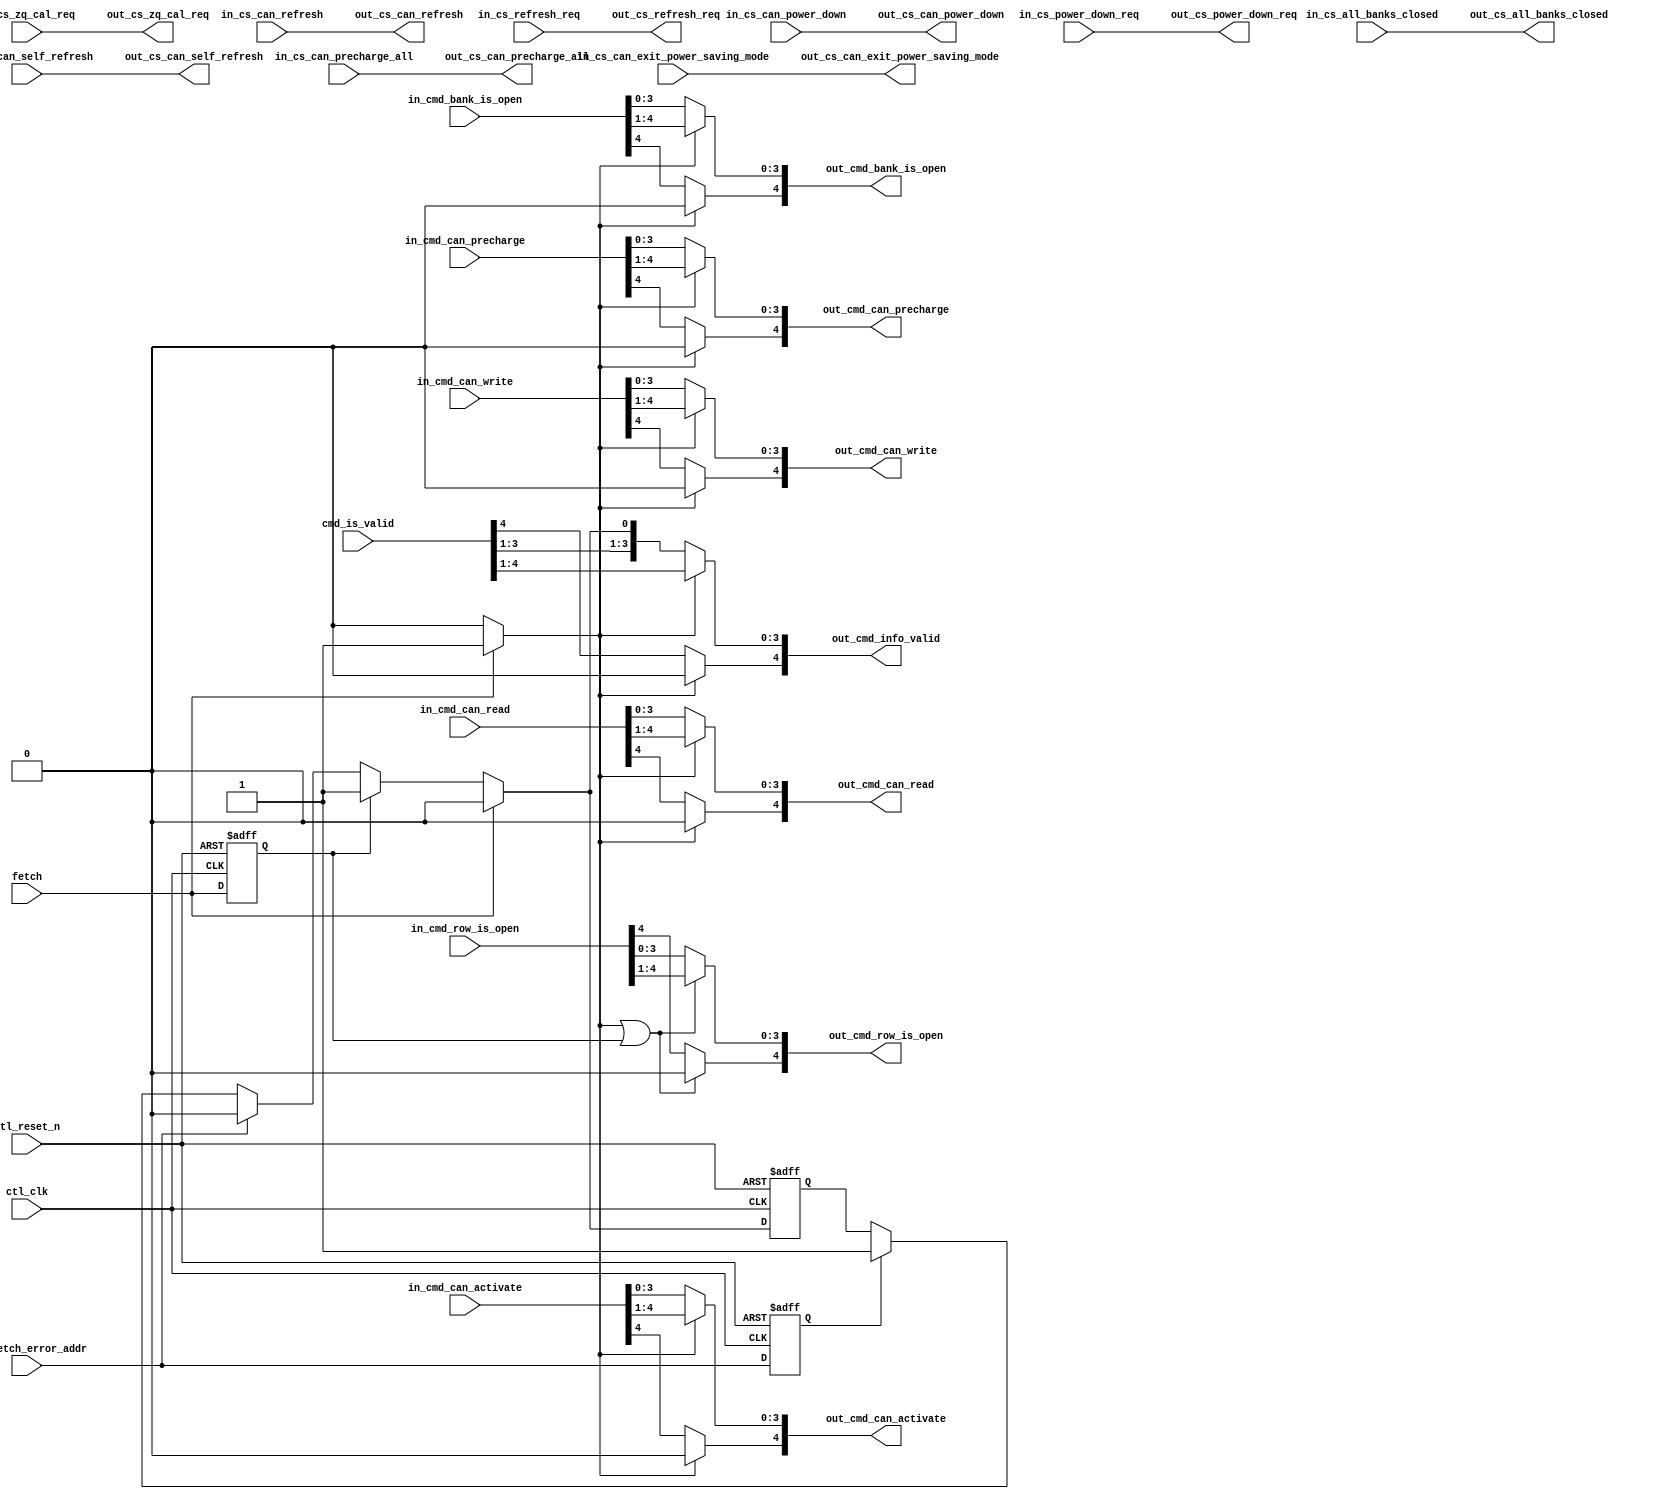
//Legal Notice: (C)2010 Altera Corporation. All rights reserved.  Your
//use of Altera Corporation's design tools, logic functions and other
//software and tools, and its AMPP partner logic functions, and any
//output files any of the foregoing (including device programming or
//simulation files), and any associated documentation or information are
//expressly subject to the terms and conditions of the Altera Program
//License Subscription Agreement or other applicable license agreement,
//including, without limitation, that your use is for the sole purpose
//of programming logic devices manufactured by Altera and sold by Altera
//or its authorized distributors.  Please refer to the applicable
//agreement for further details.

///////////////////////////////////////////////////////////////////////////////
// Title         : 
//
//
// Abstract      : 
///////////////////////////////////////////////////////////////////////////////

module alt_ddrx_cache #
    ( parameter
        // controller settings
        MEM_IF_CHIP_BITS                          = 2,
        MEM_IF_CS_WIDTH                           = 4,
        MEM_IF_ROW_WIDTH                          = 16,            // max supported row bits
        MEM_IF_BA_WIDTH                           = 3,             // max supported bank bits
        MEM_TYPE                                  = "DDR3",
        
        DWIDTH_RATIO                              = 2,             // 2 - fullrate, 4 - halfrate
        CLOSE_PAGE_POLICY                         = 1,
        
        CTL_LOOK_AHEAD_DEPTH                      = 4,
        CTL_CMD_QUEUE_DEPTH                       = 8
    )
    (
        ctl_clk,
        ctl_reset_n,
        
        // state machine inputs
        fetch,
        
        // ecc inputs
        ecc_fetch_error_addr,
        
        // command queue inputs
        cmd_is_valid,
        
        // command inputs
        in_cs_all_banks_closed,
        in_cs_can_precharge_all,
        in_cs_can_refresh,
        in_cs_can_self_refresh,
        in_cs_can_power_down,
        in_cs_can_exit_power_saving_mode,
        in_cs_zq_cal_req,
        in_cs_power_down_req,
        in_cs_refresh_req,
        in_cmd_bank_is_open,
        in_cmd_row_is_open,
        in_cmd_can_write,
        in_cmd_can_read,
        in_cmd_can_activate,
        in_cmd_can_precharge,
        
        // command outputs
        out_cs_all_banks_closed,
        out_cs_can_precharge_all,
        out_cs_can_refresh,
        out_cs_can_self_refresh,
        out_cs_can_power_down,
        out_cs_can_exit_power_saving_mode,
        out_cs_zq_cal_req,
        out_cs_power_down_req,
        out_cs_refresh_req,
        out_cmd_bank_is_open,
        out_cmd_row_is_open,
        out_cmd_can_write,
        out_cmd_can_read,
        out_cmd_can_activate,
        out_cmd_can_precharge,
        out_cmd_info_valid
    );

input  ctl_clk;
input  ctl_reset_n;

// state machine inputs
input  fetch;

// ecc inputs
input  ecc_fetch_error_addr;

// command queue inputs
input  [CTL_CMD_QUEUE_DEPTH  : 0] cmd_is_valid;

// command inputs
input  [MEM_IF_CS_WIDTH - 1  : 0] in_cs_all_banks_closed;
input  [MEM_IF_CS_WIDTH - 1  : 0] in_cs_can_precharge_all;
input  [MEM_IF_CS_WIDTH - 1  : 0] in_cs_can_refresh;
input  [MEM_IF_CS_WIDTH - 1  : 0] in_cs_can_self_refresh;
input  [MEM_IF_CS_WIDTH - 1  : 0] in_cs_can_power_down;
input  [MEM_IF_CS_WIDTH - 1  : 0] in_cs_can_exit_power_saving_mode;
input  [MEM_IF_CS_WIDTH - 1  : 0] in_cs_zq_cal_req;
input  [MEM_IF_CS_WIDTH - 1  : 0] in_cs_power_down_req;
input  [MEM_IF_CS_WIDTH - 1  : 0] in_cs_refresh_req;
input  [CTL_LOOK_AHEAD_DEPTH : 0] in_cmd_bank_is_open;
input  [CTL_LOOK_AHEAD_DEPTH : 0] in_cmd_row_is_open;
input  [CTL_LOOK_AHEAD_DEPTH : 0] in_cmd_can_write;
input  [CTL_LOOK_AHEAD_DEPTH : 0] in_cmd_can_read;
input  [CTL_LOOK_AHEAD_DEPTH : 0] in_cmd_can_activate;
input  [CTL_LOOK_AHEAD_DEPTH : 0] in_cmd_can_precharge;

// command outputs
output [MEM_IF_CS_WIDTH - 1  : 0] out_cs_all_banks_closed;
output [MEM_IF_CS_WIDTH - 1  : 0] out_cs_can_precharge_all;
output [MEM_IF_CS_WIDTH - 1  : 0] out_cs_can_refresh;
output [MEM_IF_CS_WIDTH - 1  : 0] out_cs_can_self_refresh;
output [MEM_IF_CS_WIDTH - 1  : 0] out_cs_can_power_down;
output [MEM_IF_CS_WIDTH - 1  : 0] out_cs_can_exit_power_saving_mode;
output [MEM_IF_CS_WIDTH - 1  : 0] out_cs_zq_cal_req;
output [MEM_IF_CS_WIDTH - 1  : 0] out_cs_power_down_req;
output [MEM_IF_CS_WIDTH - 1  : 0] out_cs_refresh_req;
output [CTL_LOOK_AHEAD_DEPTH : 0] out_cmd_bank_is_open;
output [CTL_LOOK_AHEAD_DEPTH : 0] out_cmd_row_is_open;
output [CTL_LOOK_AHEAD_DEPTH : 0] out_cmd_can_write;
output [CTL_LOOK_AHEAD_DEPTH : 0] out_cmd_can_read;
output [CTL_LOOK_AHEAD_DEPTH : 0] out_cmd_can_activate;
output [CTL_LOOK_AHEAD_DEPTH : 0] out_cmd_can_precharge;
output [CTL_LOOK_AHEAD_DEPTH : 0] out_cmd_info_valid;

//---------------------------------------------------------------------------------------------------------------------------------------------------------------------------

/*------------------------------------------------------------------------------

    [START] Registers & Wires

------------------------------------------------------------------------------*/
    /*------------------------------------------------------------------------------
        Cache Logic
    ------------------------------------------------------------------------------*/
    reg                             cache;
    reg  [CTL_LOOK_AHEAD_DEPTH : 0] out_cmd_bank_is_open;
    reg  [CTL_LOOK_AHEAD_DEPTH : 0] out_cmd_row_is_open;
    reg  [CTL_LOOK_AHEAD_DEPTH : 0] out_cmd_can_write;
    reg  [CTL_LOOK_AHEAD_DEPTH : 0] out_cmd_can_read;
    reg  [CTL_LOOK_AHEAD_DEPTH : 0] out_cmd_can_activate;
    reg  [CTL_LOOK_AHEAD_DEPTH : 0] out_cmd_can_precharge;
    
    wire [MEM_IF_CS_WIDTH - 1  : 0] out_cs_all_banks_closed;
    wire [MEM_IF_CS_WIDTH - 1  : 0] out_cs_can_precharge_all;
    wire [MEM_IF_CS_WIDTH - 1  : 0] out_cs_can_refresh;
    wire [MEM_IF_CS_WIDTH - 1  : 0] out_cs_can_self_refresh;
    wire [MEM_IF_CS_WIDTH - 1  : 0] out_cs_can_power_down;
    wire [MEM_IF_CS_WIDTH - 1  : 0] out_cs_can_exit_power_saving_mode;
    wire [MEM_IF_CS_WIDTH - 1  : 0] out_cs_zq_cal_req;
    wire [MEM_IF_CS_WIDTH - 1  : 0] out_cs_power_down_req;
    wire [MEM_IF_CS_WIDTH - 1  : 0] out_cs_refresh_req;
    
    /*------------------------------------------------------------------------------
        Command Valid Logic
    ------------------------------------------------------------------------------*/
    reg  [CTL_LOOK_AHEAD_DEPTH : 0] out_cmd_info_valid;
    reg  [CTL_LOOK_AHEAD_DEPTH : 0] int_cmd_info_valid;
    reg                             int_current_info_valid_r1;
    reg                             fetch_r1;
    reg                             ecc_fetch_error_addr_r1;
    
    /*------------------------------------------------------------------------------
        Assignment
    ------------------------------------------------------------------------------*/
    // no changes made to these signals
    assign out_cs_all_banks_closed           = in_cs_all_banks_closed;
    assign out_cs_can_precharge_all          = in_cs_can_precharge_all;
    assign out_cs_can_refresh                = in_cs_can_refresh;
    assign out_cs_can_self_refresh           = in_cs_can_self_refresh;
    assign out_cs_can_power_down             = in_cs_can_power_down;
    assign out_cs_can_exit_power_saving_mode = in_cs_can_exit_power_saving_mode;
    assign out_cs_zq_cal_req                 = in_cs_zq_cal_req;
    assign out_cs_power_down_req             = in_cs_power_down_req;
    assign out_cs_refresh_req                = in_cs_refresh_req;
    
/*------------------------------------------------------------------------------

    [END] Registers & Wires

------------------------------------------------------------------------------*/

//---------------------------------------------------------------------------------------------------------------------------------------------------------------------------

/*------------------------------------------------------------------------------

    [START] Cache Logic

------------------------------------------------------------------------------*/
    // Determine when to cache
    always @ (*)
    begin
        if (fetch)
            cache = 1'b1;
        else
            cache = 1'b0;
    end
    
    /*------------------------------------------------------------------------------
        Cache Logic
    ------------------------------------------------------------------------------*/
    always @ (*)
    begin
        if (cache)
        begin
            out_cmd_bank_is_open  [CTL_LOOK_AHEAD_DEPTH - 1 :                        0] = in_cmd_bank_is_open  [CTL_LOOK_AHEAD_DEPTH : 1];
            out_cmd_can_write     [CTL_LOOK_AHEAD_DEPTH - 1 :                        0] = in_cmd_can_write     [CTL_LOOK_AHEAD_DEPTH : 1];
            out_cmd_can_read      [CTL_LOOK_AHEAD_DEPTH - 1 :                        0] = in_cmd_can_read      [CTL_LOOK_AHEAD_DEPTH : 1];
            out_cmd_can_activate  [CTL_LOOK_AHEAD_DEPTH - 1 :                        0] = in_cmd_can_activate  [CTL_LOOK_AHEAD_DEPTH : 1];
            out_cmd_can_precharge [CTL_LOOK_AHEAD_DEPTH - 1 :                        0] = in_cmd_can_precharge [CTL_LOOK_AHEAD_DEPTH : 1];
            out_cmd_info_valid    [CTL_LOOK_AHEAD_DEPTH - 1 :                        0] = int_cmd_info_valid   [CTL_LOOK_AHEAD_DEPTH : 1];
            
            out_cmd_bank_is_open  [CTL_LOOK_AHEAD_DEPTH]                                = 0;
            out_cmd_can_write     [CTL_LOOK_AHEAD_DEPTH]                                = 0;
            out_cmd_can_read      [CTL_LOOK_AHEAD_DEPTH]                                = 0;
            out_cmd_can_activate  [CTL_LOOK_AHEAD_DEPTH]                                = 0;
            out_cmd_can_precharge [CTL_LOOK_AHEAD_DEPTH]                                = 0;
            out_cmd_info_valid    [CTL_LOOK_AHEAD_DEPTH]                                = 0;
        end
        else
        begin
            out_cmd_bank_is_open                                                        = in_cmd_bank_is_open;
            out_cmd_can_write                                                           = in_cmd_can_write;
            out_cmd_can_read                                                            = in_cmd_can_read;
            out_cmd_can_activate                                                        = in_cmd_can_activate;
            out_cmd_can_precharge                                                       = in_cmd_can_precharge;
            out_cmd_info_valid                                                          = int_cmd_info_valid;
        end
    end
    
    always @ (*)
    begin
        if (cache || fetch_r1)
        begin
            out_cmd_row_is_open   [CTL_LOOK_AHEAD_DEPTH - 1 :                        0] = in_cmd_row_is_open   [CTL_LOOK_AHEAD_DEPTH : 1];
            out_cmd_row_is_open   [CTL_LOOK_AHEAD_DEPTH]                                = 0;
        end
        else
        begin
            out_cmd_row_is_open                                                         = in_cmd_row_is_open;
        end
    end
/*------------------------------------------------------------------------------

    [END] Cache Logic

------------------------------------------------------------------------------*/

//---------------------------------------------------------------------------------------------------------------------------------------------------------------------------

/*------------------------------------------------------------------------------

    [START] Command Valid Logic

------------------------------------------------------------------------------*/
    // register fetch signals
    always @ (posedge ctl_clk or negedge ctl_reset_n)
    begin
        if (!ctl_reset_n)
        begin
            fetch_r1                <= 1'b0;
            ecc_fetch_error_addr_r1 <= 1'b0;
        end
        else
        begin
            fetch_r1                <= fetch;
            ecc_fetch_error_addr_r1 <= ecc_fetch_error_addr;
        end
    end
    
    // Command valid logic
    generate
        genvar z_lookahead;
        for (z_lookahead = 1; z_lookahead < CTL_LOOK_AHEAD_DEPTH + 1;z_lookahead = z_lookahead + 1)
        begin : cmd_valid_logic_per_lookahead
            always @ (*)
            begin
                int_cmd_info_valid [z_lookahead] = cmd_is_valid [z_lookahead];
            end
        end
    endgenerate
    
    // Current valid logic
    always @ (*)
    begin
        if (fetch)
            int_cmd_info_valid [0] = 1'b0;
        else if (fetch_r1)
            int_cmd_info_valid [0] = 1'b1;
        //we will need to deassert current info valid signal for 2 clock cycle so that state machine will not capture the wrong information
        else if (ecc_fetch_error_addr)
            int_cmd_info_valid [0] = 1'b0;
        else if (ecc_fetch_error_addr_r1)
            int_cmd_info_valid [0] = 1'b1;
        else
            int_cmd_info_valid [0] = int_current_info_valid_r1;
    end
    
    always @ (posedge ctl_clk or negedge ctl_reset_n)
    begin
        if (!ctl_reset_n)
            int_current_info_valid_r1 <= 1'b0;
        else
            int_current_info_valid_r1 <= int_cmd_info_valid [0];
    end
/*------------------------------------------------------------------------------

    [END] Command Valid Logic

------------------------------------------------------------------------------*/













endmodule